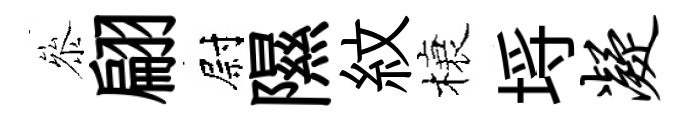
叅翩尉隰紋榱埓凝